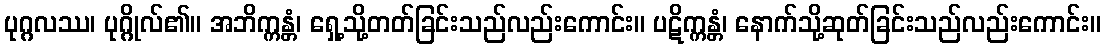
ပုဂ္ဂလဿ၊ ပုဂ္ဂိုလ်၏။ အဘိက္ကန္တံ၊ ရှေ့သို့တတ်ခြင်းသည်လည်းကောင်း။ ပဋိက္ကန္တံ၊ နောက်သို့ဆုတ်ခြင်းသည်လည်းကောင်း။